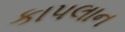
કાપલાન